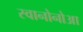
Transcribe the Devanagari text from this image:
स्वानोनोआ